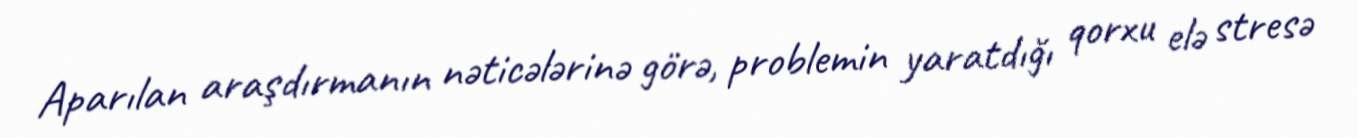
Aparılan araşdırmanın nəticələrinə görə, problemin yaratdığı qorxu elə stresə